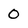
Character: 0